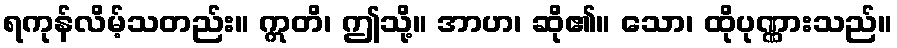
ရကုန်လိမ့်သတည်း။ ဣတိ၊ ဤသို့။ အာဟ၊ ဆို၏။ သော၊ ထိုပုဏ္ဏားသည်။